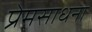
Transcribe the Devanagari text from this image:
प्रेमसाधना